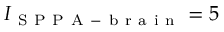
I _ { \mathrm { ~ S ~ P ~ P ~ A ~ - ~ b ~ r ~ a ~ i ~ n ~ } } = 5